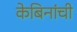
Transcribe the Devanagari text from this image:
केबिनांची